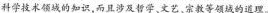
科学技术领域的知识，而且涉及哲学、文艺、宗教等领域的道理。